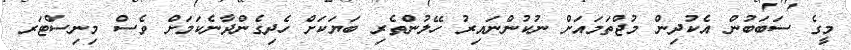
މީގެ ސަބަބުން އެކުދިން މުޖްތަމައަށް ނުކުންނައިރު ހޭލުންތެރި ބަޔަކަށް ހެދިގެންދާނެކަމަށް ވެސް މިނިސްޓަރ